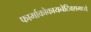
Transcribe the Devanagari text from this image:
फार्माकोकायनेटिक्समध्ये